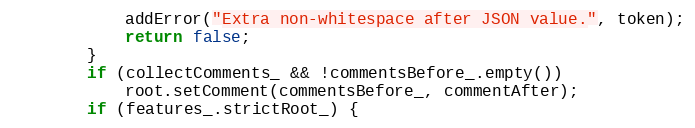
Language: C++
            addError("Extra non-whitespace after JSON value.", token);
            return false;
        }
        if (collectComments_ && !commentsBefore_.empty())
            root.setComment(commentsBefore_, commentAfter);
        if (features_.strictRoot_) {